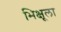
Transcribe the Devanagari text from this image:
भिक्षूला